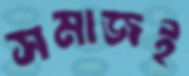
সমাজই